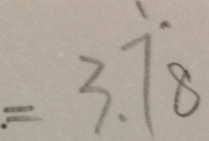
= 3 . \dot { 7 } \dot { 8 }